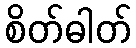
စိတ်ဓါတ်